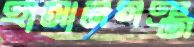
হাসানগঞ্জ